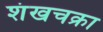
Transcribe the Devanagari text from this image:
शंखचक्रा